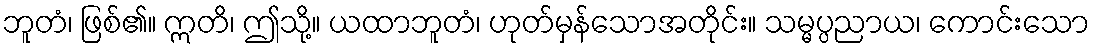
ဘူတံ၊ ဖြစ်၏။ ဣတိ၊ ဤသို့။ ယထာဘူတံ၊ ဟုတ်မှန်သောအတိုင်း။ သမ္မပ္ပညာယ၊ ကောင်းသော